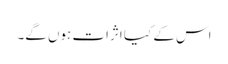
اس کے کیا اثرات ہوں گے۔